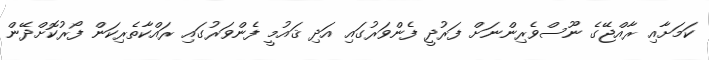
ކަމަށާއި ރާއްޖޭގެ ނޫސްވެރިންނަށް ފަރުދީ ފެންވަރުގައި އަދި ޤައުމީ ފެންވަރުގައި ރައްކާތެރިކަން ފޯރުކޮށްދޭން